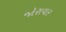
જોરાવાર